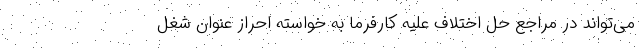
می‌تواند در مراجع حل اختلاف علیه کارفرما به خواسته احراز عنوان شغل